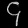
Digit: ၄